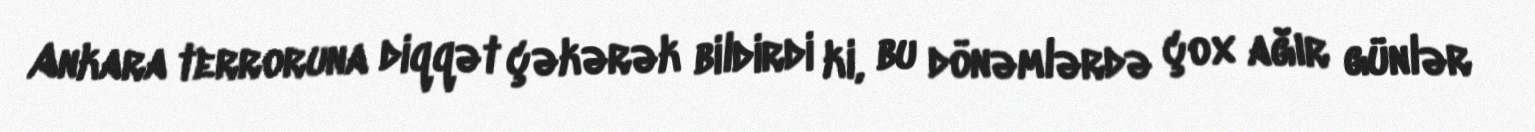
Ankara terroruna diqqət çəkərək bildirdi ki, bu dönəmlərdə çox ağır günlər